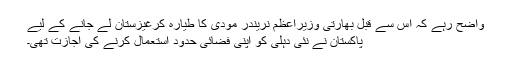
واضح رہے کہ اس سے قبل بھارتی وزیراعظم نریندر مودی کا طیارہ کرغیزستان لے جانے کے لیے
پاکستان نے نئی دہلی کو اپنی فضائی حدود استعمال کرنے کی اجازت تھی۔